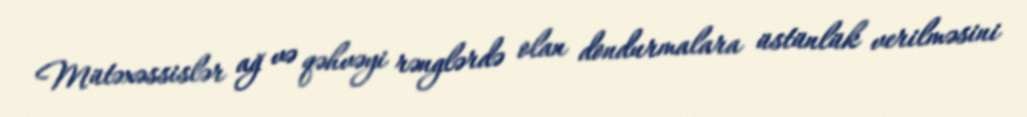
Mütəxəssislər ağ və qəhvəyi rənglərdə olan dondurmalara üstünlük verilməsini